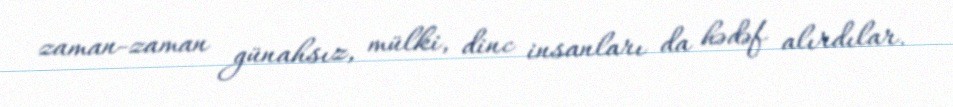
zaman-zaman günahsız, mülki, dinc insanları da hədəf alırdılar.